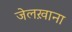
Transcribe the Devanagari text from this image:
जेलख़ाना